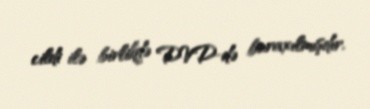
cildi ilə birlikdə DVD-də buraxılmışdır.